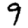
Digit: 9